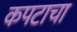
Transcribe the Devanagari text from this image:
कपटाचा